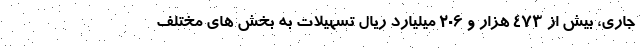
جاری، بیش از 473 هزار و 206 میلیارد ریال تسهیلات به بخش های مختلف